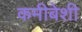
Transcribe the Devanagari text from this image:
कमीबेशी